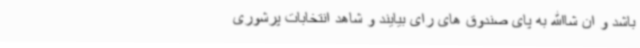
باشد و ان شاالله به پای صندوق های رای بیایند و شاهد انتخابات پرشوری